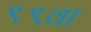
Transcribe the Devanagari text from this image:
९९वा